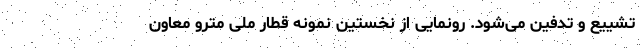
تشییع و تدفین می‌شود. رونمایی از نخستین نمونه قطار ملی مترو معاون